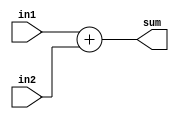
`timescale 1ns / 1ps
//////////////////////////////////////////////////////////////////////////////////
// Company: 
// Engineer: 
// 
// Design Name: 
// Module Name: adder
// Project Name: 
// Target Devices: 
// Tool Versions: 
// Description: 
// 
// Dependencies: 
// 
// Revision:
// Revision 0.01 - File Created
// Additional Comments:
// 
//////////////////////////////////////////////////////////////////////////////////


module adder(in1,in2,sum );
input [31:0] in1,in2;
output [31:0] sum;
reg [31:0] add;

always @(in1 or in2) begin
 add = in1 + in2;
end
assign sum = add;
endmodule